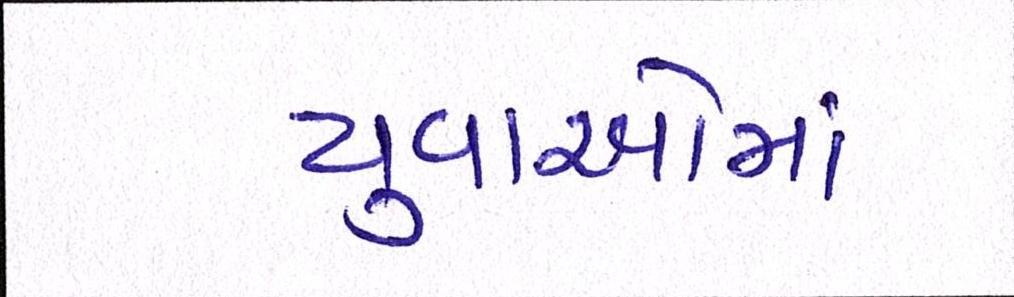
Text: યુવાઓમાં